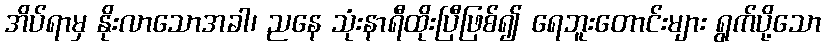
အိပ်ရာမှ နိုးလာသောအခါ၊ ညနေ သုံးနာရီထိုးပြီဖြစ်၍ ရေဘူးတောင်းများ ရွက်ပို့သော